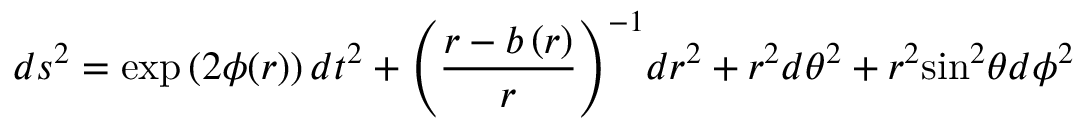
d s ^ { 2 } = \exp \left( 2 \phi ( r ) \right) d t ^ { 2 } + { \left( \frac { r - b \left( r \right) } { r } \right) ^ { - 1 } } d r ^ { 2 } + { r ^ { 2 } } d { \theta } ^ { 2 } + { r ^ { 2 } } { \sin } ^ { 2 } { \theta } d { \phi } ^ { 2 }